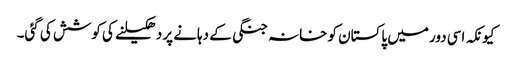
کیونکہ اسی دور میں پاکستان کو خانہ جنگی کے دہانے پر دھکیلنے کی کوشش کی گئی۔